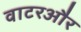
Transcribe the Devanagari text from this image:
वाटरऔर